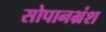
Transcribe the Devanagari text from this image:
सोपानभ्रंश